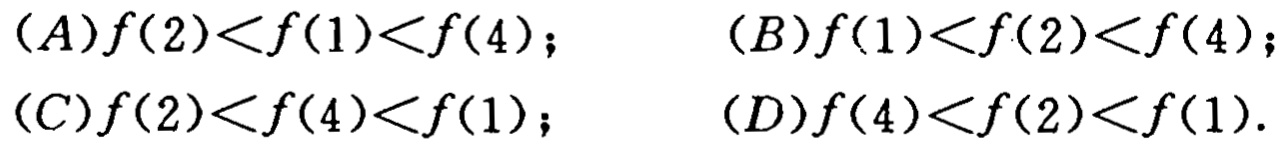
(A)\(f(2)<f(1)<f(4)\); (B)\(f(1)<f(2)<f(4)\);
(C)\(f(2)<f(4)<f(1)\); (D)\(f(4)<f(2)<f(1)\).